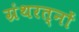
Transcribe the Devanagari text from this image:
ग्रंथरत्नों